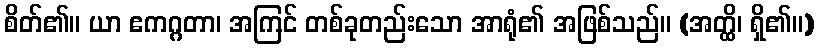
စိတ်၏။ ယာ ဧကဂ္ဂတာ၊ အကြင် တစ်ခုတည်းသော အာရုံ၏ အဖြစ်သည်။ (အတ္ထိ၊ ရှိ၏။)